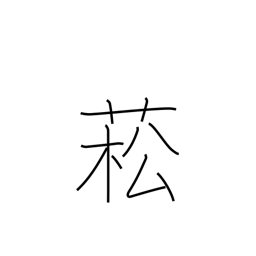
Meaning: type of rape plant